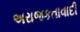
અરાજકતાવાદી